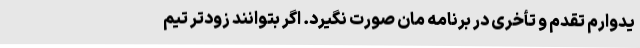
یدوارم تقدم و تأخری در برنامه مان صورت نگیرد. اگر بتوانند زودتر تیم